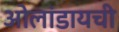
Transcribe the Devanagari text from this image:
ओलांडायची